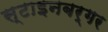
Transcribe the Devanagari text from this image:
स्टाइनबर्गर